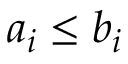
a _ { i } \leq b _ { i }